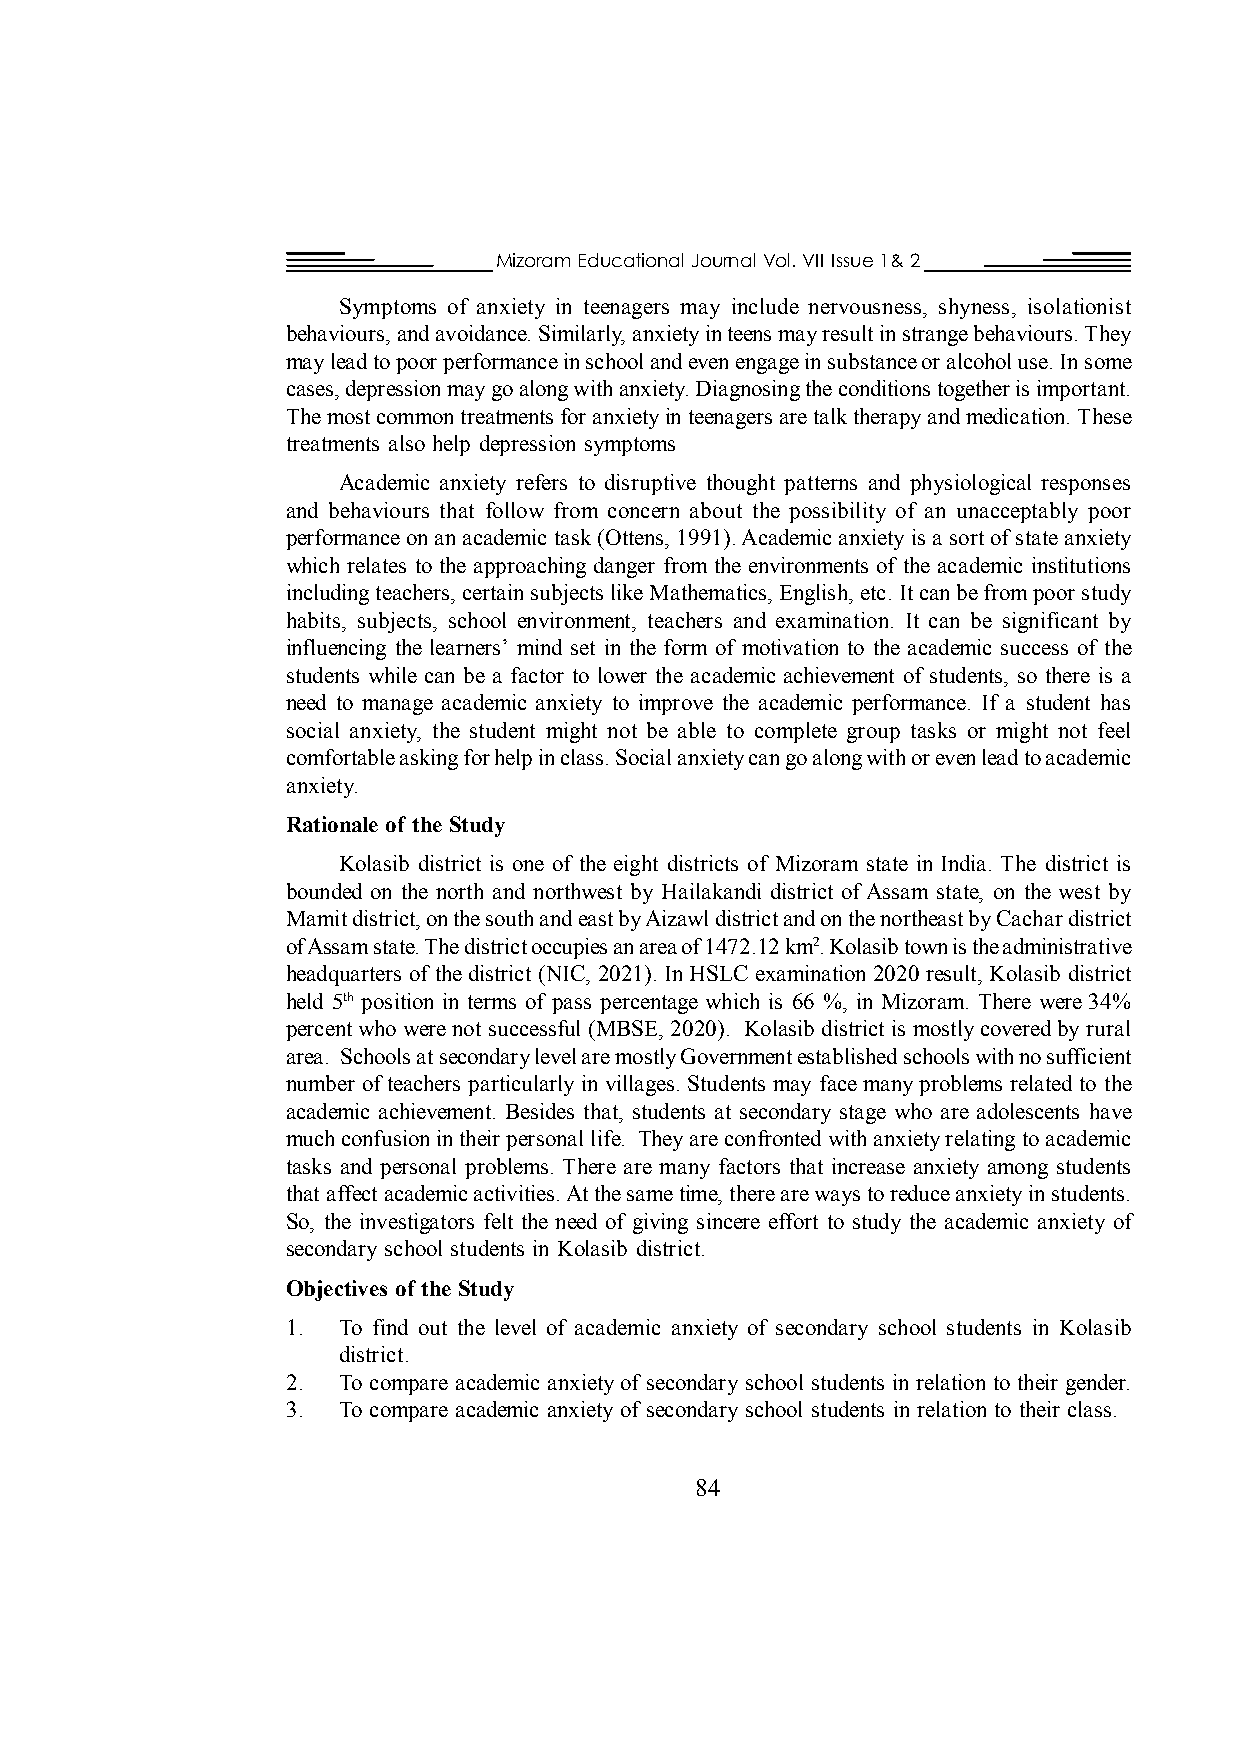
Mizoram Educational Journal Vol. VII Issue 1& 2
 Symptoms of anxiety in teenagers may include nervousness, shyness, isolationist
 behaviours, and avoidance. Similarly, anxiety in teens may result in strange behaviours. They
 may lead to poor performance in school and even engage in substance or alcohol use. In some
 cases, depression may go along with anxiety. Diagnosing the conditions together is important.
 The most common treatments for anxiety in teenagers are talk therapy and medication. These
 treatments also help depression symptoms
 Academic anxiety refers to disruptive thought patterns and physiological responses
 and behaviours that follow from concern about the possibility of an unacceptably poor
 performance on an academic task (Ottens, 1991). Academic anxiety is a sort of state anxiety
 which relates to the approaching danger from the environments of the academic institutions
 including teachers, certain subjects like Mathematics, English, etc. It can be from poor study
 habits, subjects, school environment, teachers and examination. It can be significant by
 influencing the learners’ mind set in the form of motivation to the academic success of the
 students while can be a factor to lower the academic achievement of students, so there is a
 need to manage academic anxiety to improve the academic performance. If a student has
 social anxiety, the student might not be able to complete group tasks or might not feel
 comfortable asking for help in class. Social anxiety can go along with or even lead to academic
 anxiety.
 Rationale of the Study
 Kolasib district is one of the eight districts of Mizoram state in India. The district is
 bounded on the north and northwest by Hailakandi district of Assam state, on the west by
 Mamit district, on the south and east by Aizawl district and on the northeast by Cachar district
 of Assam state. The district occupies an area of 1472.12 km2. Kolasib town is the administrative
 headquarters of the district (NIC, 2021). In HSLC examination 2020 result, Kolasib district
 held 5th position in terms of pass percentage which is 66 %, in Mizoram. There were 34%
 percent who were not successful (MBSE, 2020). Kolasib district is mostly covered by rural
 area. Schools at secondary level are mostly Government established schools with no sufficient
 number of teachers particularly in villages. Students may face many problems related to the
 academic achievement. Besides that, students at secondary stage who are adolescents have
 much confusion in their personal life. They are confronted with anxiety relating to academic
 tasks and personal problems. There are many factors that increase anxiety among students
 that affect academic activities. At the same time, there are ways to reduce anxiety in students.
 So, the investigators felt the need of giving sincere effort to study the academic anxiety of
 secondary school students in Kolasib district.
 Objectives of the Study
 1. To find out the level of academic anxiety of secondary school students in Kolasib
 district.
 2. To compare academic anxiety of secondary school students in relation to their gender.
 3. To compare academic anxiety of secondary school students in relation to their class.
 84